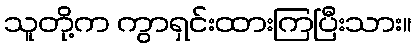
သူတို့က ကွာရှင်းထားကြပြီးသား။